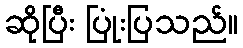
ဆိုပြီး ပြုံးပြသည်။